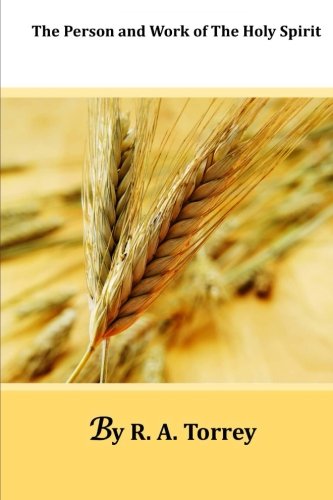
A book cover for The Person and Work of The Holy Spirit; R. A. Torrey; Christian Books & Bibles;